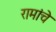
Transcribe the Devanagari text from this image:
रामांचे